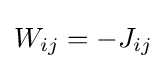
W_{ij}=-J_{ij}